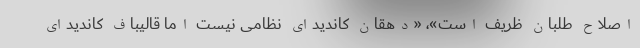
اصلاح طلبان ظریف است»، «دهقان کاندیدای نظامی نیست اما قالیباف کاندیدای